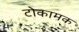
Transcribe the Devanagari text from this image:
टोकामक